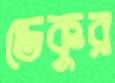
ডেকুর